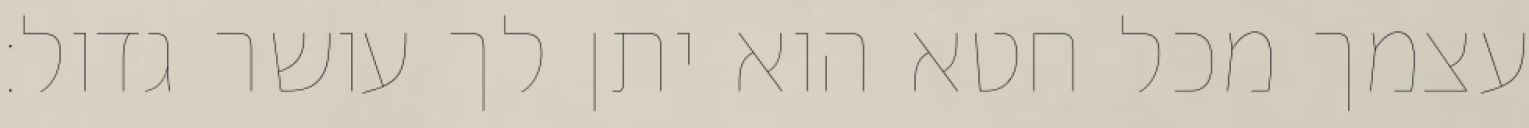
עצמך מכל חטא הוא יתן לך עושר גדול: